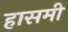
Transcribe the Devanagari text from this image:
हासमी